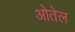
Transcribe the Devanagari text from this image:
ओतेल